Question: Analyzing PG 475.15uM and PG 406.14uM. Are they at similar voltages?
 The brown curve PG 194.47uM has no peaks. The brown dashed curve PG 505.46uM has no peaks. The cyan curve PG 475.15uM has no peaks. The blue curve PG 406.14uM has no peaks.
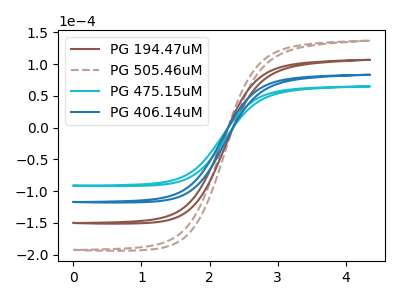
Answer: <think>Neither "PG 475.15uM" or "PG 406.14uM" have any peaks.
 </think>
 <answer>"PG 475.15uM" and "PG 406.14uM" are similar in shape.</answer>
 <eval>same_shape</eval>